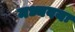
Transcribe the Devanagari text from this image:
मध्यवयः